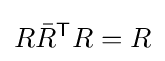
R{\bar {R}}^{\textsf {T}}R=R